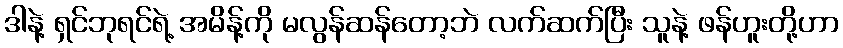
ဒါနဲ့ ရှင်ဘုရင်ရဲ့ အမိန့်ကို မလွန်ဆန်တော့ဘဲ လက်ဆက်ပြီး သူနဲ့ ဖန်ဟူးတို့ဟာ